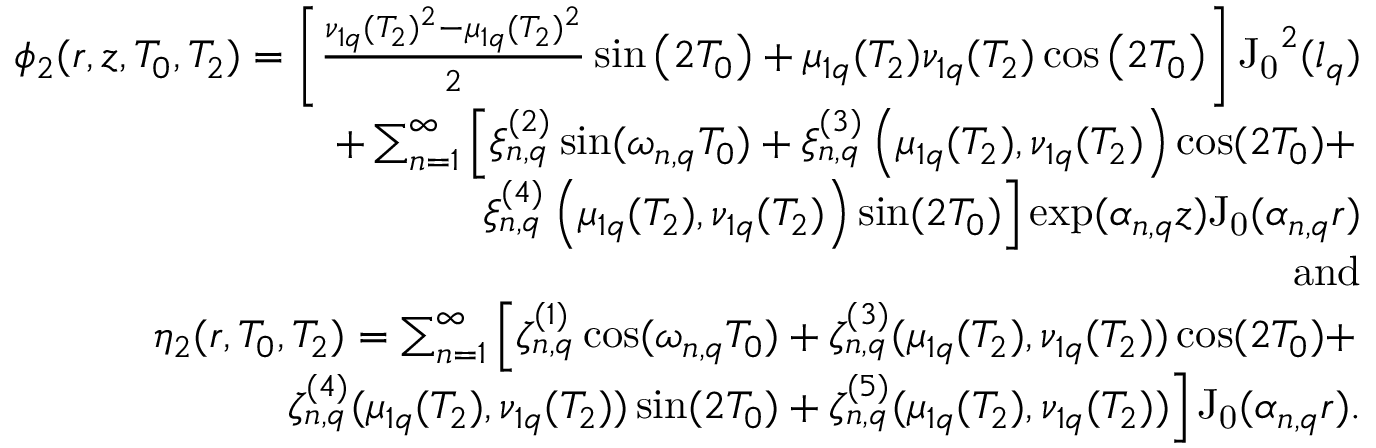
\begin{array} { r l r } & { } & { \phi _ { 2 } ( r , z , T _ { 0 } , T _ { 2 } ) = \left[ \frac { \nu _ { 1 q } ( T _ { 2 } ) ^ { 2 } - \mu _ { 1 q } ( T _ { 2 } ) ^ { 2 } } { 2 } \sin \left( 2 T _ { 0 } \right) + \mu _ { 1 q } ( T _ { 2 } ) \nu _ { 1 q } ( T _ { 2 } ) \cos \left( 2 T _ { 0 } \right) \right] \mathrm { J _ { 0 } } ^ { 2 } ( l _ { q } ) } \\ & { } & { + \sum _ { n = 1 } ^ { \infty } \left[ \xi _ { n , q } ^ { ( 2 ) } \sin ( \omega _ { n , q } T _ { 0 } ) + \xi _ { n , q } ^ { ( 3 ) } \left( \mu _ { 1 q } ( T _ { 2 } ) , \nu _ { 1 q } ( T _ { 2 } ) \right) \cos ( 2 T _ { 0 } ) + \right. } \\ & { } & { \left. \xi _ { n , q } ^ { ( 4 ) } \left( \mu _ { 1 q } ( T _ { 2 } ) , \nu _ { 1 q } ( T _ { 2 } ) \right) \sin ( 2 T _ { 0 } ) \right] \exp ( \alpha _ { n , q } z ) \mathrm { J _ { 0 } } ( \alpha _ { n , q } r ) } \\ & { } & { \mathrm { a n d } } \\ & { } & { \eta _ { 2 } ( r , T _ { 0 } , T _ { 2 } ) = \sum _ { n = 1 } ^ { \infty } \left[ \zeta _ { n , q } ^ { ( 1 ) } \cos ( \omega _ { n , q } T _ { 0 } ) + \zeta _ { n , q } ^ { ( 3 ) } ( \mu _ { 1 q } ( T _ { 2 } ) , \nu _ { 1 q } ( T _ { 2 } ) ) \cos ( 2 T _ { 0 } ) + \right. } \\ & { } & { \left. \zeta _ { n , q } ^ { ( 4 ) } ( \mu _ { 1 q } ( T _ { 2 } ) , \nu _ { 1 q } ( T _ { 2 } ) ) \sin ( 2 T _ { 0 } ) + \zeta _ { n , q } ^ { ( 5 ) } ( \mu _ { 1 q } ( T _ { 2 } ) , \nu _ { 1 q } ( T _ { 2 } ) ) \right] \mathrm { J _ { 0 } } ( \alpha _ { n , q } r ) . } \end{array}